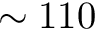
\sim 1 1 0